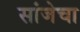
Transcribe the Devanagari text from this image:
सांजेचा